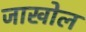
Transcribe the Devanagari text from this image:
जाखोल